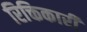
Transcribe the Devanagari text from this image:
रिक्तिकारी